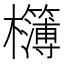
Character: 𭬾